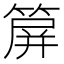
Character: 箳